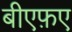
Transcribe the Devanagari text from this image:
बीएफ़ए